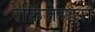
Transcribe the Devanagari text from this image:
रेफ्रिजेरटरों